Vana-Antsla_vallavalitsus, lk 17
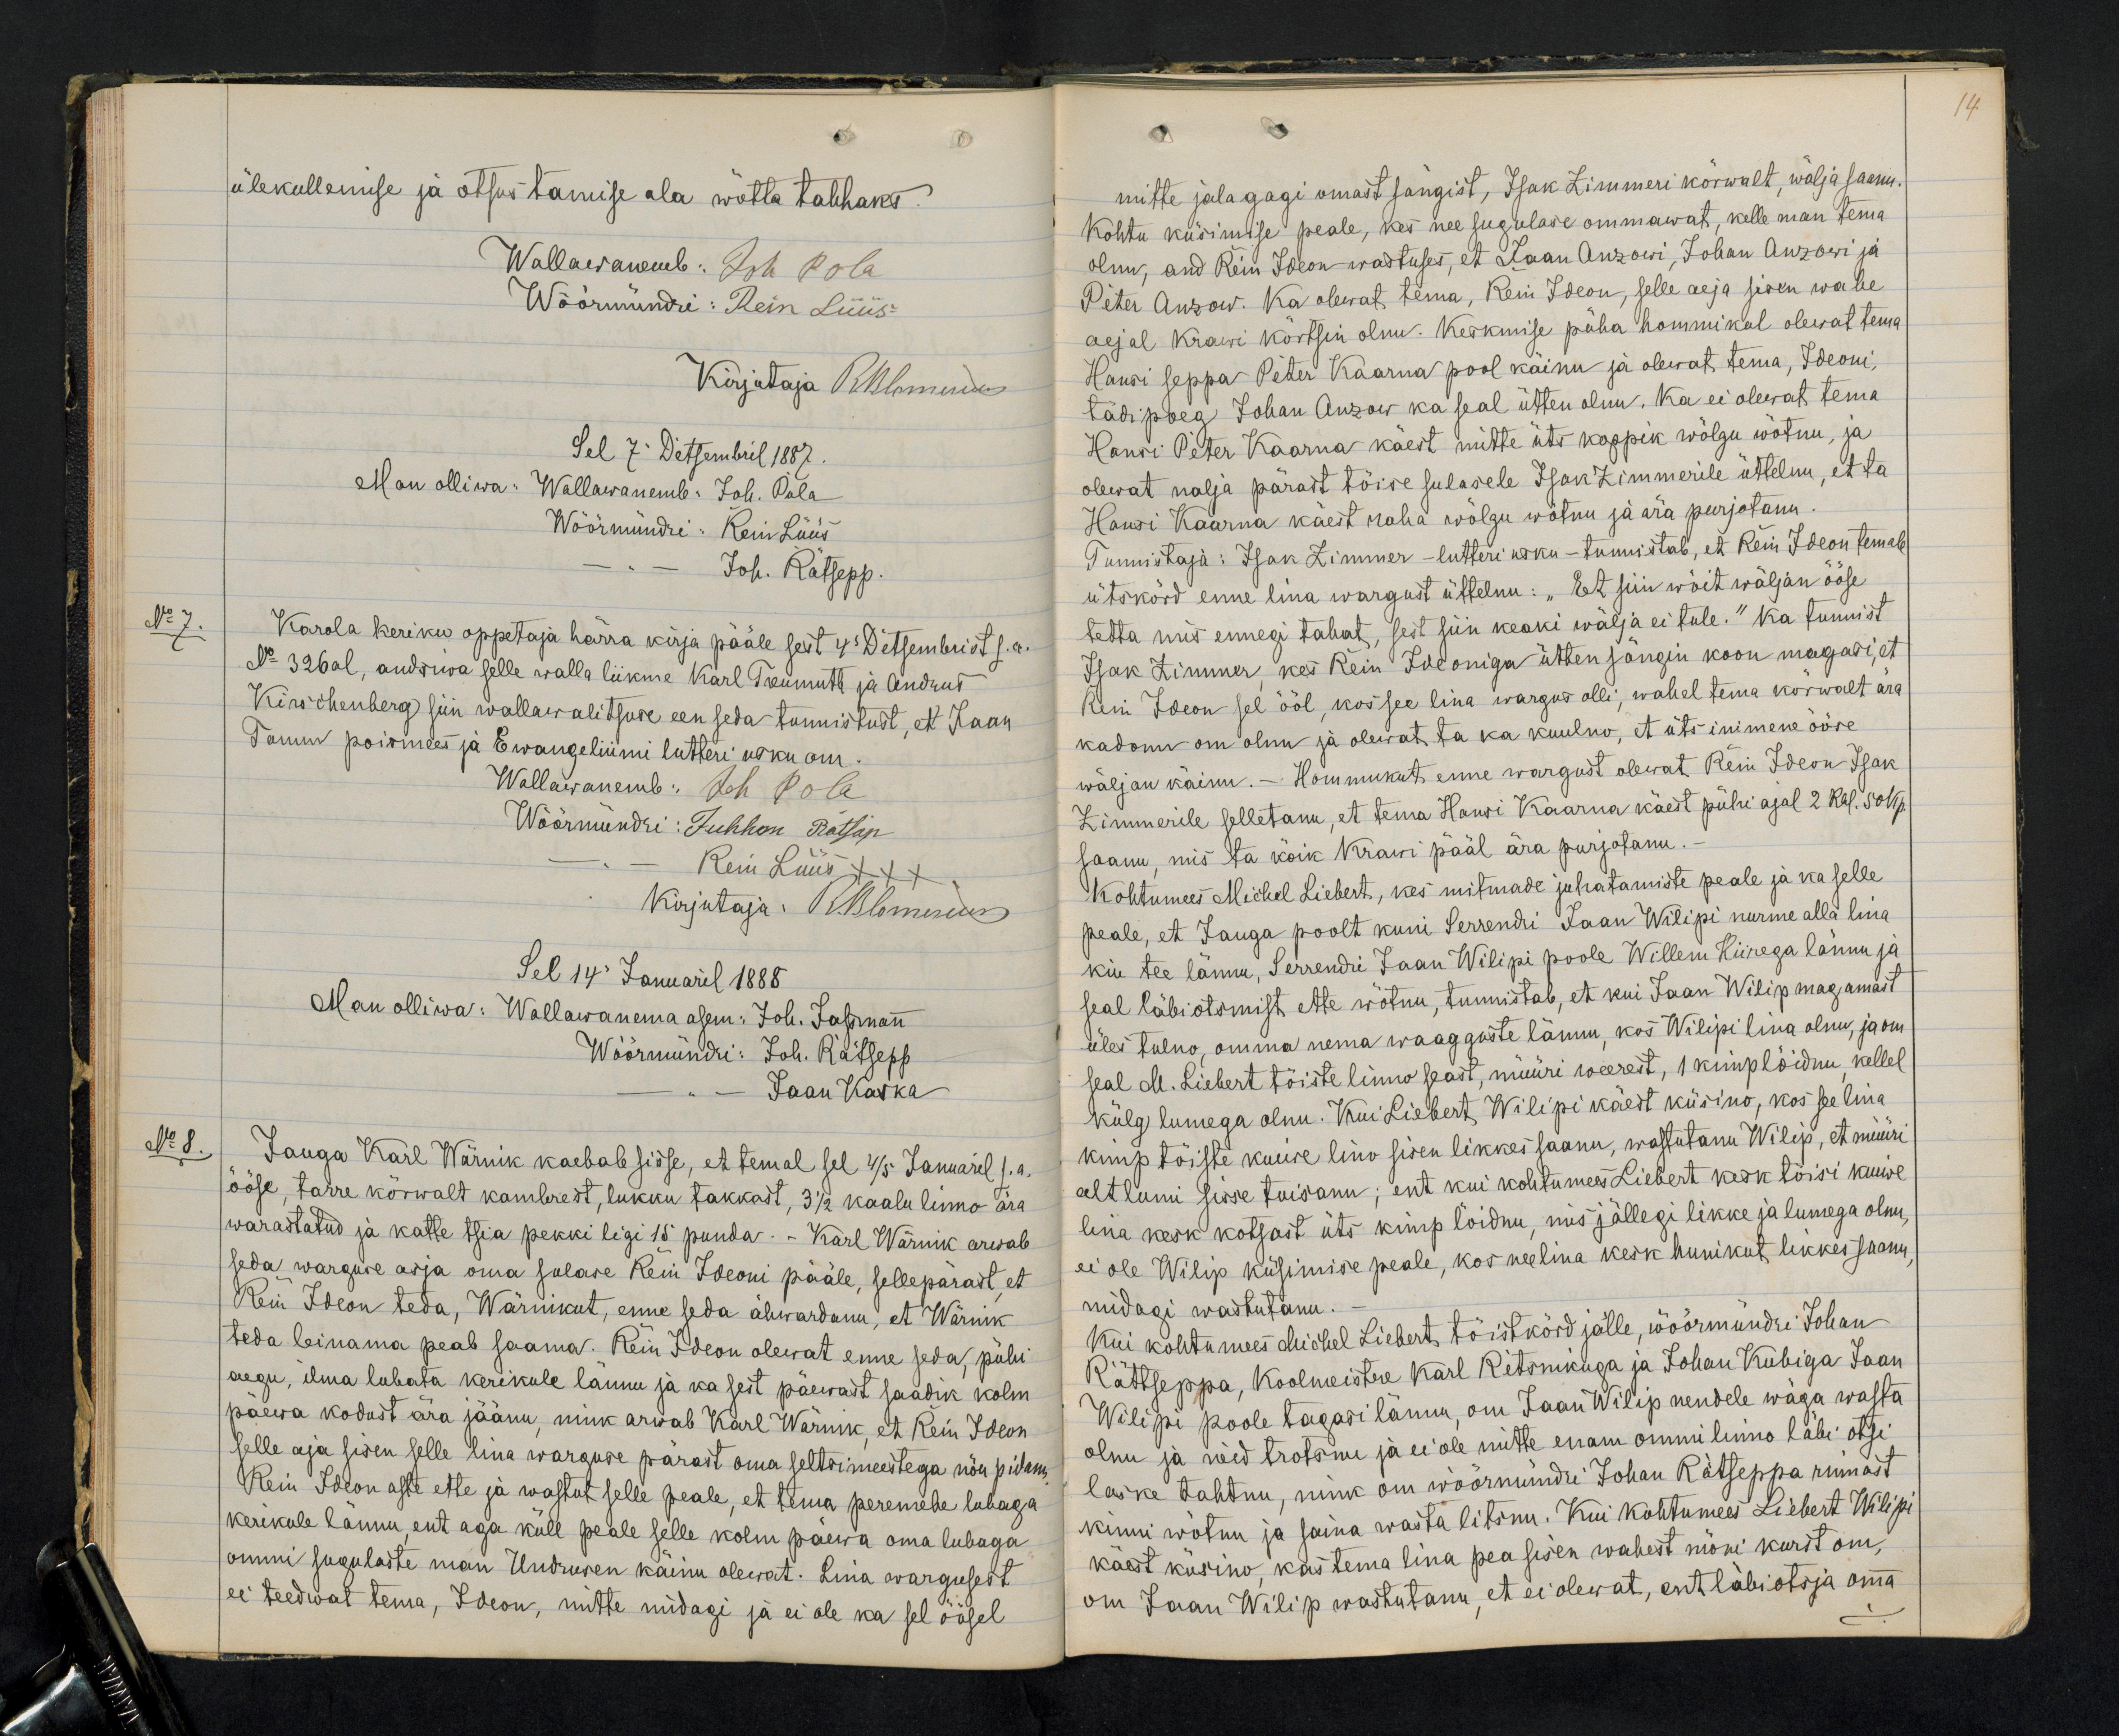
14

ülekullemise ja otsustamise ala wõtta tahhaks.
Wallawanemb: Joh. Pola
Wöörmündri: Rein Lüüs
Kirjutaja Rblomerius
Sel 7 Detsembril 1887
Man olliwa: Wallawanemb: Joh. Pola
Wöörmündri: Rein Lüüs
Joh. Rätsepp.
No 7.
Karola keriku oppetaja härra kirja pääle sest 4 Detsembrist s.a.
No 326 al, andsiwa selle walla liikme Karl Treumuth ja Andrus
Kirschenberg siin wallawalitsuse een seda tunnistust, et Jaan
Tamm poismees ja Ewangeliumi lutheri usku om.
Wallawanemb: Joh Pola
Wöörmündri: Juhhan Rätsep
Rein Lüüs XXX
Kirjutaja: RBlomerius
Sel 14. Januaril 1888
Man olliwa: Wallawanema asem: Joh. Jassmann
Wöörmündri: Joh. Rätsepp
Jaan Kaska
No 8.
Jauga Karl Wärnik kaebab sisse, et temal sel 4/5 Januaril s.a.
ööse, tarre kõrwalt kambrest, lukku takkast, 3 1/2 kaalu linno ära
warastatud ja katte tsia pekki ligi 15 puuda. - Karl Wärnik arwab
seda warguse asja oma sulase Rein Ideoni pääle, sellepärast, et
Rein Ideon teda, Wärnikut, enne seda ähwardanu, et Wärnik
teda leinama peab saama. Rein Ideon olewat enne seda, pühi
aegu, ilma lubata kerikule lännu ja ka sest päewast saadik kolm
päewa kodust ära jäänu, nink arwab Karl Wärnik, et Rein Ideon
selle aja sisen selle lina warguse pärast oma seltsimeestega nõu pidanu
Rein Ideon aste ette ja wastut selle peale, et tema peremehe lubaga
kerikule lännu, ent aga küll peale selle kolm päewa oma lubaga
ommi sugulaste man Undrusen käinu olewat. Lina wargusest
ei teedwat tema, Ideon, mitte midagi ja ei ole ka sel öösel

mitte jalagagi omast sängist, Isak Zimmeri kõrwalt, wälja saanu.
Kohtu küsimise peale, kes nee sugulase ommawat, kelle man temma
olnu, and Rein Ideon wastuses, et Jaan Anzowi, Johan Anzowi ja
Peter Anzow. Ka olewat tema, Rein Ideon, selle aeja sisen wahe
ajal Krawi kõrtsin olnu. Keskmise püha hommikul olewat tema
Hansi seppa Peter Kaarna pool käinu ja olewat tema, Ideoni,
tädi poeg Johan Anzow ka seal ütten olnu. Ka ei olewat tema
Hansi Peter Kaarna käest mitte üts koppik wõlgu wõtnu, ja
olewat nalja pärast tõise sulasele Isak Zimmerile üttelnu, et ta
Hansi Kaarna käest raha wõlgu wõtnu ja ära purjotanu.
Tunnistaja: Isak Zimmer - lutteri usku - tunnistab, et Rein Ideon temale
ütskord enne lina wargust üttelnu: "Et siin wõit wäljan ööse
tetta mis ennegi tahat, sest siin keaki wälja ei tule." Ka tunnist
Isak Zimmer, kes Rein Ideoniga ütten sängis koon magasi, et
Rein Ideon sel ööl, kos see lina wargus olli, wahel tema kõrwalt ära
kadonu om olnu ja olewat ta ka kuulno, et üts inimene ööse
wäljan käinu. - Hommukut enne wargust olewat Rein Ideon Isak
Zimmerile selletanu, et tema Hansi Kaarna käest pühi ajal 2 Rbl. 50 Kop.
saanu, mis ta kõik Krawi pääl ära purjotanu.
Kohtumees Michel Liebert, kes mitmade juhatamiste peale ja ka selle
peale, et Jauga poolt kuni Serrendri Jaan Wilipi nurme alla lina
kiu tee lännu, Serrendri Jaan Wilipi poole Willem Hiirega lännu ja
seal läbi otsmist ette wõtnu, tunnistab, et kui Jaan Wilip magamast
üles tulno, omma nema waagguste lännu, kos Wilipi linna olnu, ja om
seal M. Liebert tõiste linno seast, müüri weerest, 1 kimp löidnu, kellel
külg lumega olnu. Kui Liebert Wilipi käest küsino, kos see lina
kimp tõiste kuiwe lino sisen likkes saanu, wastutanu Wilip, et müüri
alt lumi sisse tuisanu; ent kui kohtumees Liebert kesk tõisi kuiwe
lina kesk kotsast üts kimp löidnu, mis jällegi likke ja lumega olnu
ei ole Wilip küsimise peale, kos nee lina kesk hunikut likkes saanu,
midagi wastutanu.
Kui kohtumees Michel Liebert, tõist kõrd jälle, wöörmündri Johan
Rättseppa, koolmeistre Karl Retsnikuga ja Johan Kubiga Jaan
Wilipi poole tagasi lännu, om Jaan Wilip nendele wäga wasta
olnu ja neid trotsnu ja ei ole mitte enam ommi linno läbi otsi
laske tahtnu, nink om wöörmündri Johan Rätseppa rinnast
kinni wõtnu ja saina wasta litsnu. Kui kohtumees Liebert Wilipi
käest küsino, kas tema lina pea sisen wahest mõni kurst om,
om Jaan Wilip wastutanu, et ei olewat, ent läbiotsja oma